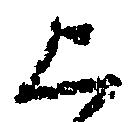
上